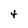
Character: 4